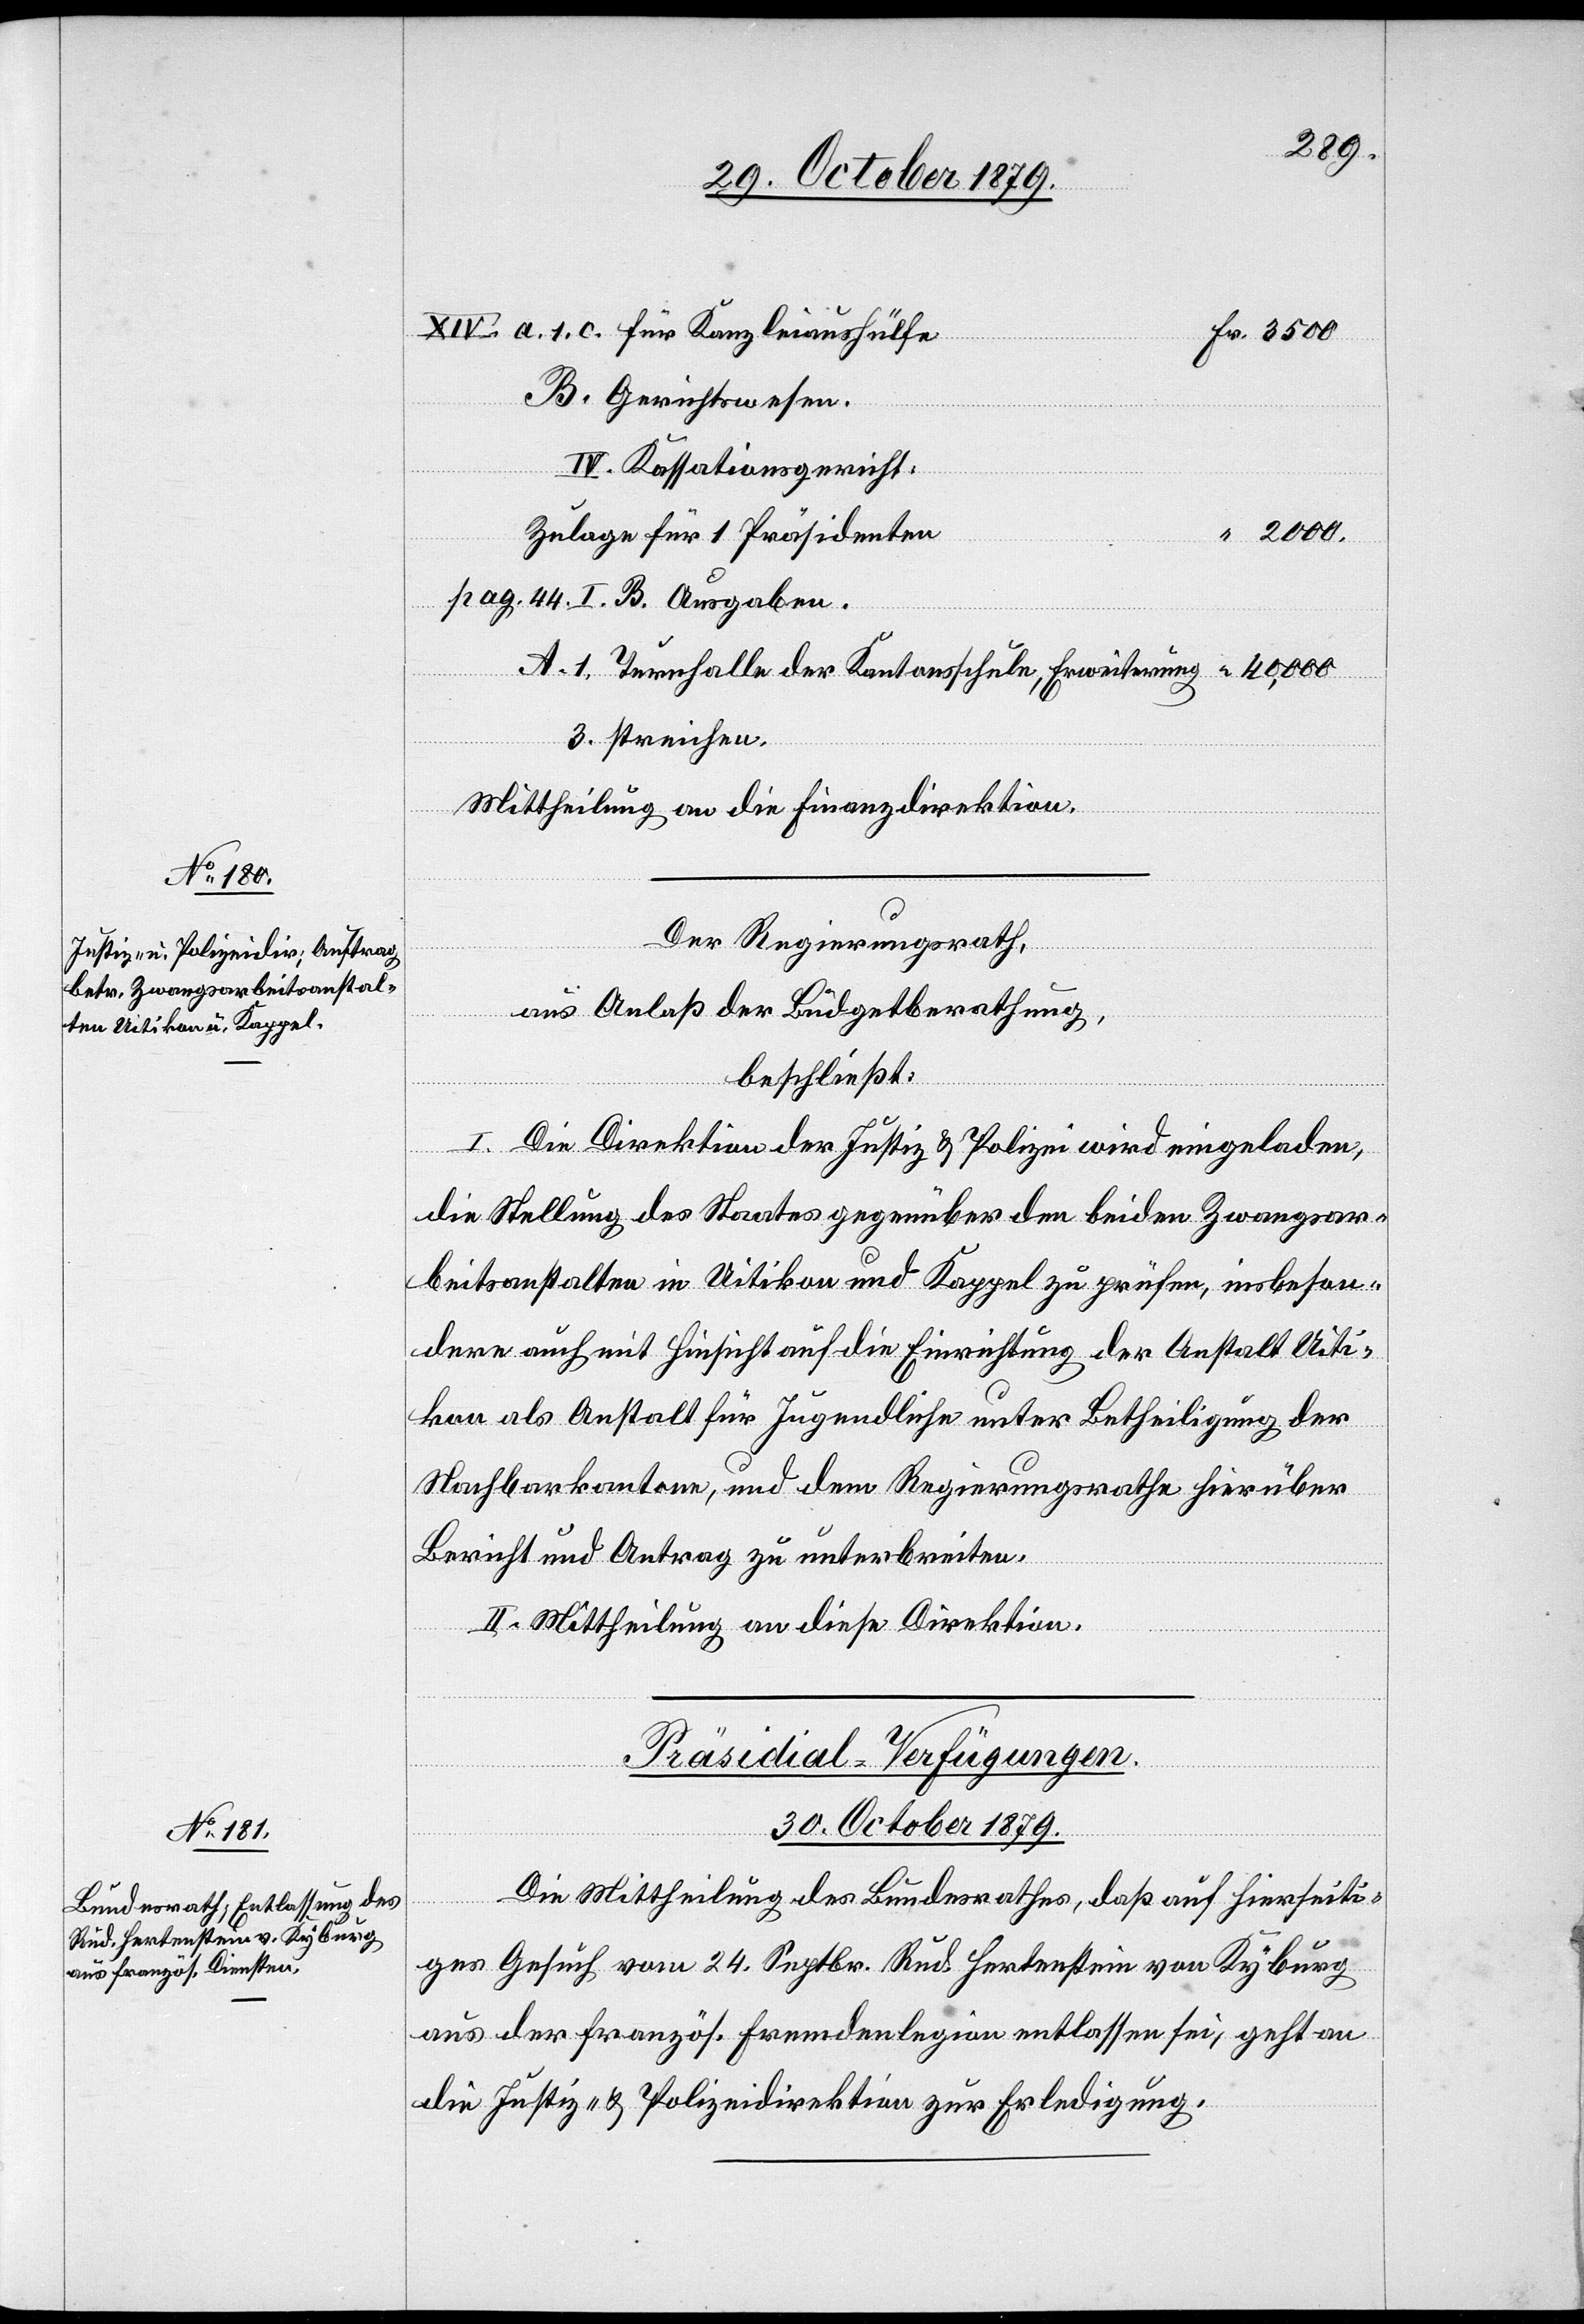
Kassationsgericht:
Zulagen für 1 Präsidenten
2000.
Turnhalle der Kantonsschule, Erweiterung
streichen.
Mittheilung an die Finanzdirektion.
Der Regierungsrath,
aus Anlaß der Budgetberathung,
beschließt:
I. Die Direktion der Justiz & Polizei wird eingeladen,
die Stellung des Staates gegenüber den beiden Zwangsar¬
beitsanstalten in Uitikon und Kappel zu prüfen, insbeson¬
dere auch mit Hinsicht auf die Einrichtung der Anstalt Uiti¬
kon als Anstalt für Jugendliche unter Betheiligung der
Nachbarkantone, und dem Regierungsrathe hierüber
Bericht und Antrag zu unterbreiten.
II. Mittheilung an diese Direktion.
Präsidial-Verfügungen
30. October 1879.
Die Mittheilung des Bundesrathes, daß auf hierseiti¬
ges Gesuch vom 24. Septbr. Rud. Hertenstein von Kyburg
aus der französ. Fremdenlegion entlassen sei, geht an
die Justiz- & Polizeidirektion zur Erledigung.